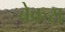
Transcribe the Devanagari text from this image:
बेकरा